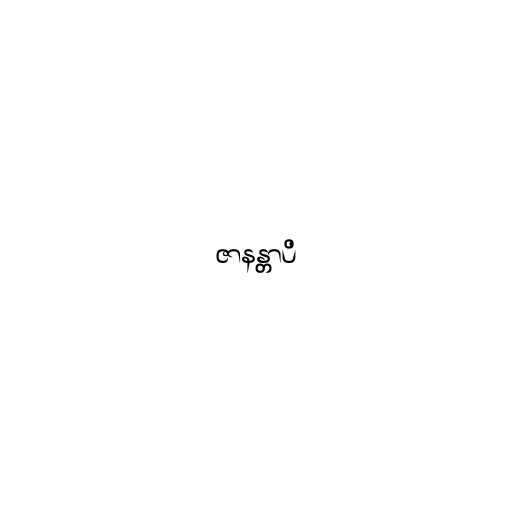
ဇာနန္တာပိ